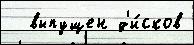
  выпущен д'и́сков